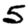
Digit: 5